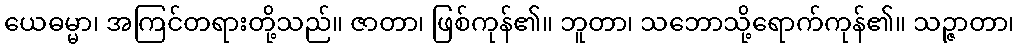
ယေဓမ္မာ၊ အကြင်တရားတို့သည်။ ဇာတာ၊ ဖြစ်ကုန်၏။ ဘူတာ၊ သဘောသို့ရောက်ကုန်၏။ သဉ္ဇာတာ၊